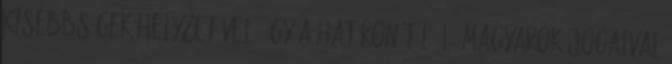
kisebbségek helyzetével, így a határon túl élő magyarok jogaival